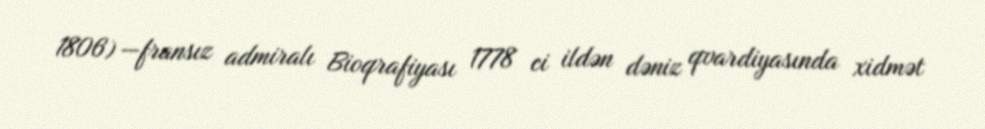
1806) —fransız admiralı Bioqrafiyası 1778 ci ildən dəniz qvardiyasında xidmət